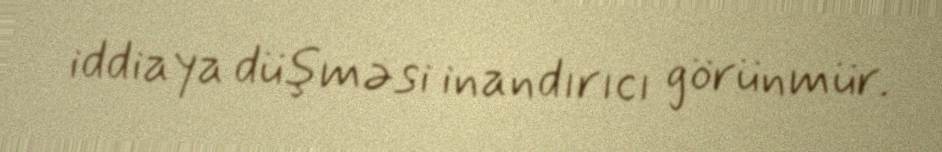
iddiaya düşməsi inandırıcı görünmür.